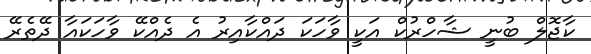
ކާޖޮލް ބުނީ ޝާހްރުކް އަކީ ވާހަކަ ދައްކާއިރު އެ ދެއްކޭ ވާހަކައާ ދޭތެރޭ